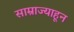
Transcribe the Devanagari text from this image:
साम्राज्याहून